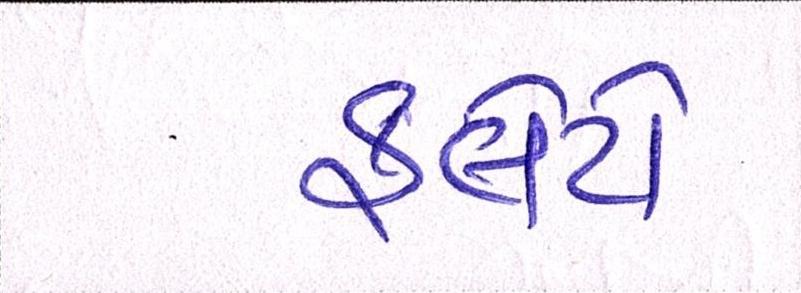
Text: ફ્લેટો